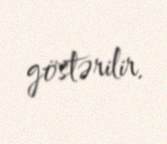
göstərilir.